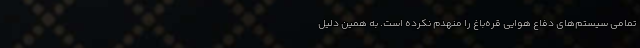
تمامی سیستم‌های دفاع هوایی قره‌باغ را منهدم نکرده است. به همین دلیل